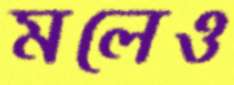
মলেও